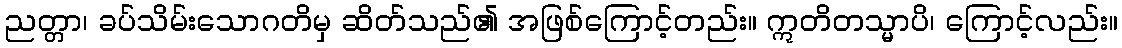
ညတ္တာ၊ ခပ်သိမ်းသောဂတိမှ ဆိတ်သည်၏ အဖြစ်ကြောင့်တည်း။ ဣတိတသ္မာပိ၊ ကြောင့်လည်း။